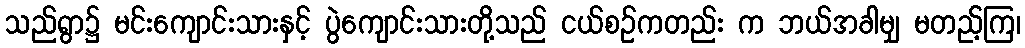
သည်ရွာ၌ မင်းကျောင်းသားနှင့် ပွဲကျောင်းသားတို့သည် ငယ်စဉ်ကတည်း က ဘယ်အခါမျှ မတည့်ကြ၊